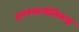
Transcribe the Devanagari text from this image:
हालचालीविरुद्ध